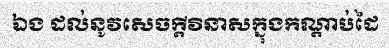
ឯង ដល់នូវសេចក្តីវិនាសក្នុងកណ្តាប់ដៃ